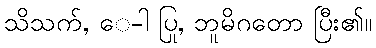
သိသက်, ေ-ါ ပြု, ဘူမိဂတော ပြီး၏။